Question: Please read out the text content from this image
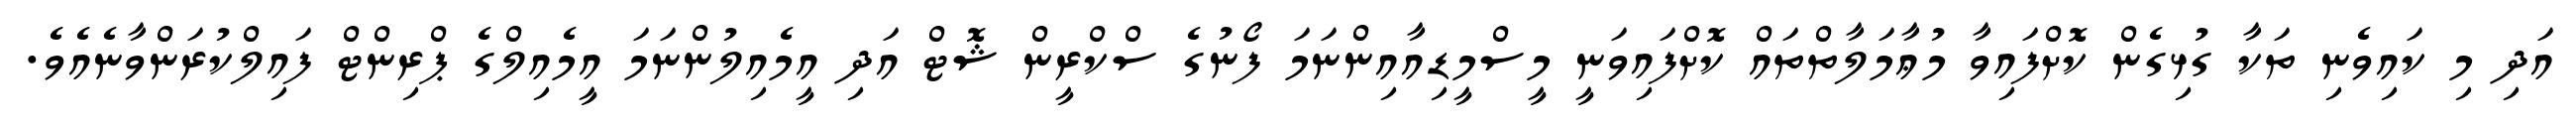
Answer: އަދި މި ކައިވެނި ތަކާ ގުޅިގެން ކޮށްފައިވާ މުޢާމަލާތްތައް ކޮށްފައިވަނީ މީސްމީޑިއާއިންނަމަ ފޯނުގެ ސްކްރީން ޝޮޓް އަދި އީމެއިލުންނަމަ އީމެއިލްގެ ޕްރިންޓް ފައިލްކުރަންވާނެއެވެ.